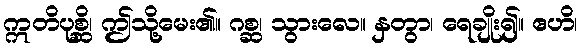
ဣတိပုစ္ဆိ၊ ဤသို့မေး၏။ ဂစ္ဆ၊ သွားလေ။ နှတွာ၊ ရေချိုး၍။ ဧဟိ၊